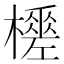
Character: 𣞚